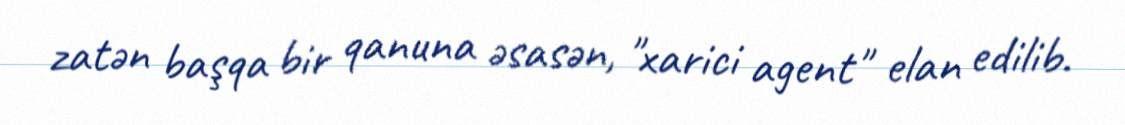
zatən başqa bir qanuna əsasən, "xarici agent" elan edilib.